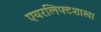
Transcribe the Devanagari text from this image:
एयरलिफ्टशाखा